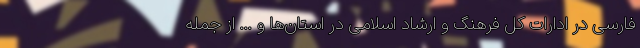
فارسی در ادارات کل فرهنگ و ارشاد اسلامی در استان‌ها و ... از جمله